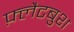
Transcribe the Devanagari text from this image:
फ़्लैटबुश